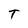
Character: T